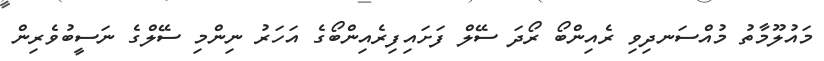
މައުލޫމާތު މުއްސަނދިވި ރެއިންބޯ ރޯދަ ސޭލް ފަށައިފިރެއިންބޯގެ އަހަރު ނިންމި ސޭލްގެ ނަސީބުވެރިން